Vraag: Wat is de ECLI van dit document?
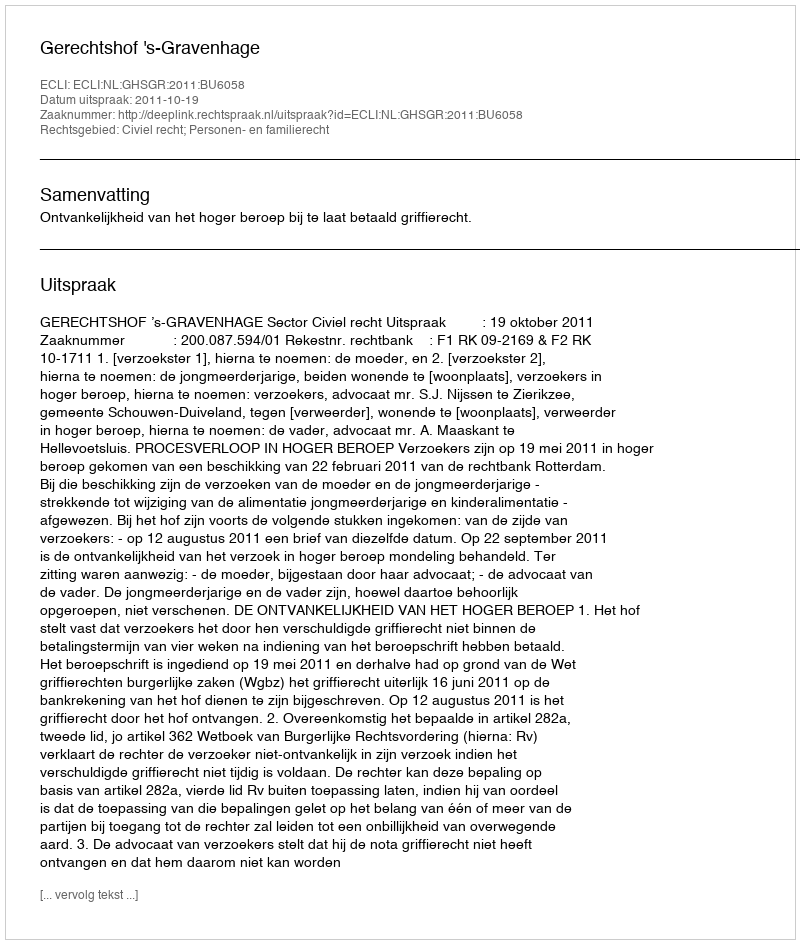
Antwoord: ECLI:NL:GHSGR:2011:BU6058